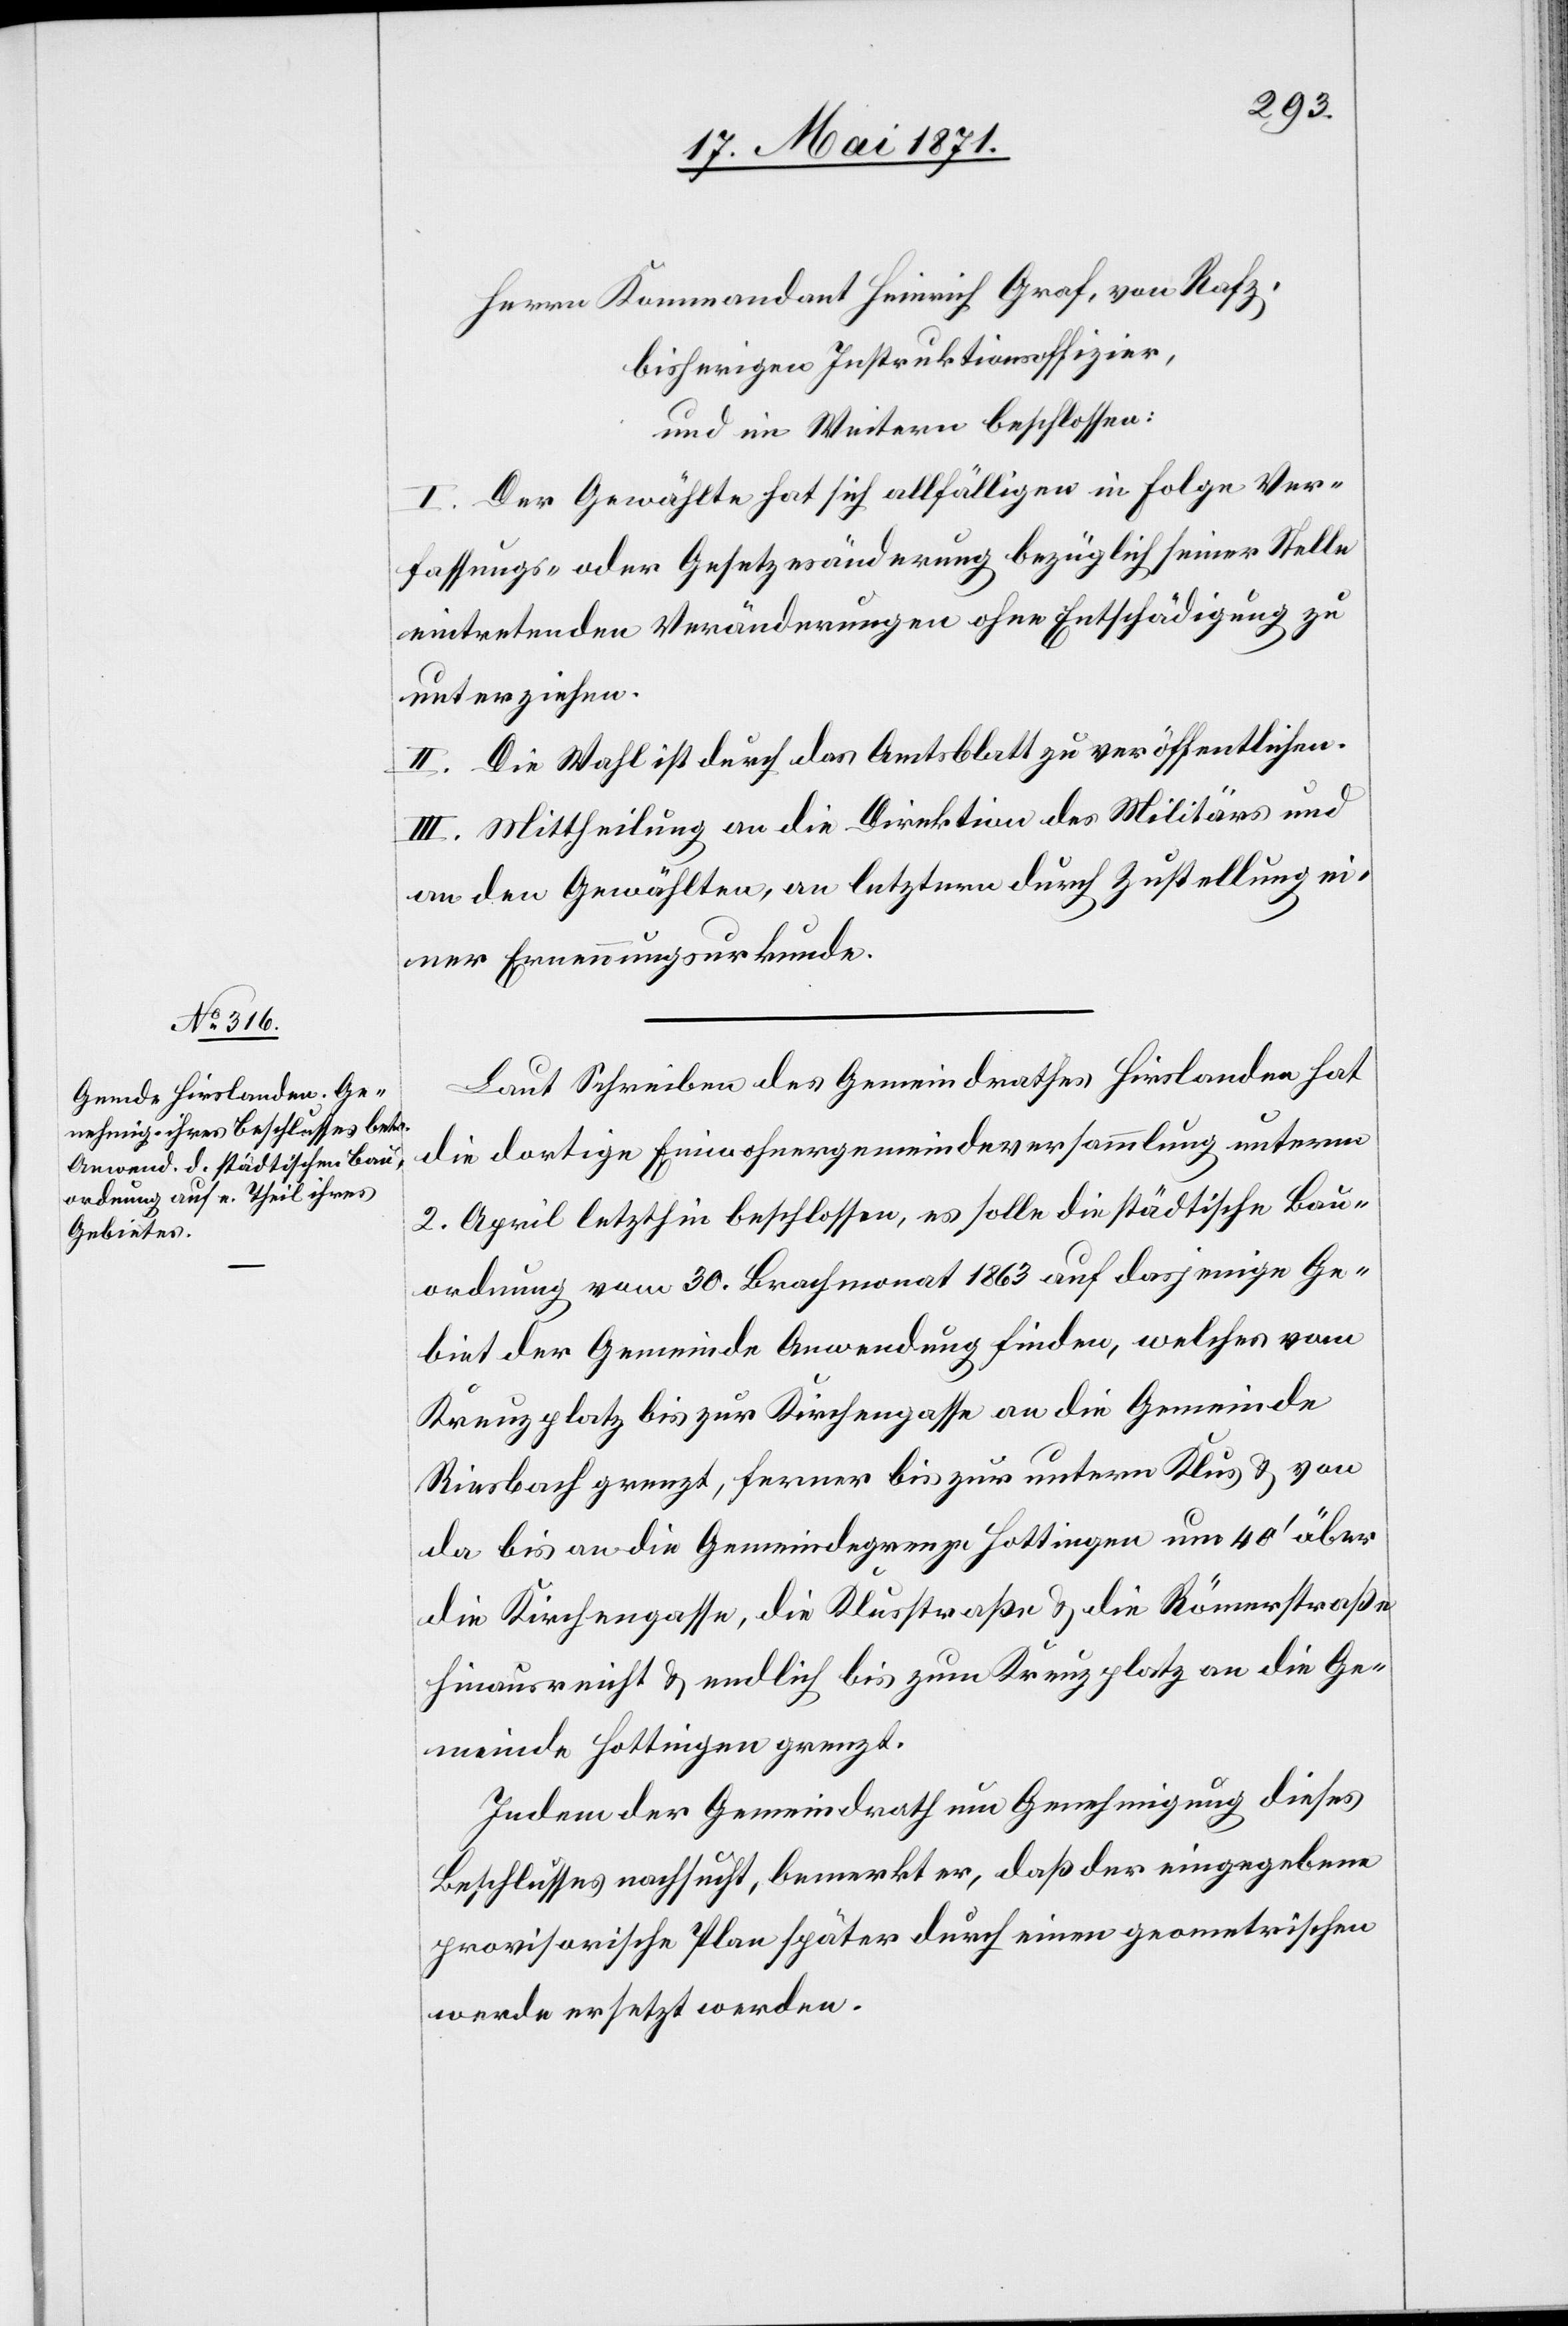
Herrn Kommandant Heinrich Graf, von Rafz,
bisherigen Instruktionsoffizier,
und im Weitern beschlossen:
I. Der Gewählte hat sich allfälligen in Folge Ver¬
fassungs- oder Gesetzesänderungen bezüglich seiner Stelle
eintretenden Veränderungen ohne Entschädigung zu
unterziehen.
II. Die Wahl ist durch das Amtsblatt zu veröffentlichen.
III. Mittheilung an die Direktion des Militärs und
an den Gewählten, an letztern durch Zustellung ei¬
ner Ernennungsurkunde.
Laut Schreiben des Gemeindrathes Hirslanden hat
die dortige Einwohnergemeindeversammlung unterm
2. April letzthin beschlossen, es solle die städtische Bau¬
ordnung vom 30. Brachmonat 1863 auf dasjenige Ge¬
biet der Gemeinde Anwendung finden, welches vom
Kreuzplatz bis zur Kirchengasse an die Gemeinde
Riesbach grenzt, ferner bis zur untern Klus u. von
da bis an die Gemeindegrenze Hottingen um 40‘ über
die Kirchgasse, die Klusstraße u. die Römerstraße
hinausreicht u. endlich bis zum Kreuzplatz an die Ge¬
meinde Hottingen grenzt.
Indem der Gemeindrath um Genehmigung dieses
Beschlusses nachsucht, bemerkt er, daß der eingegebene
provisorische Plan später durch einen geometrischen
werde ersetzt werden.